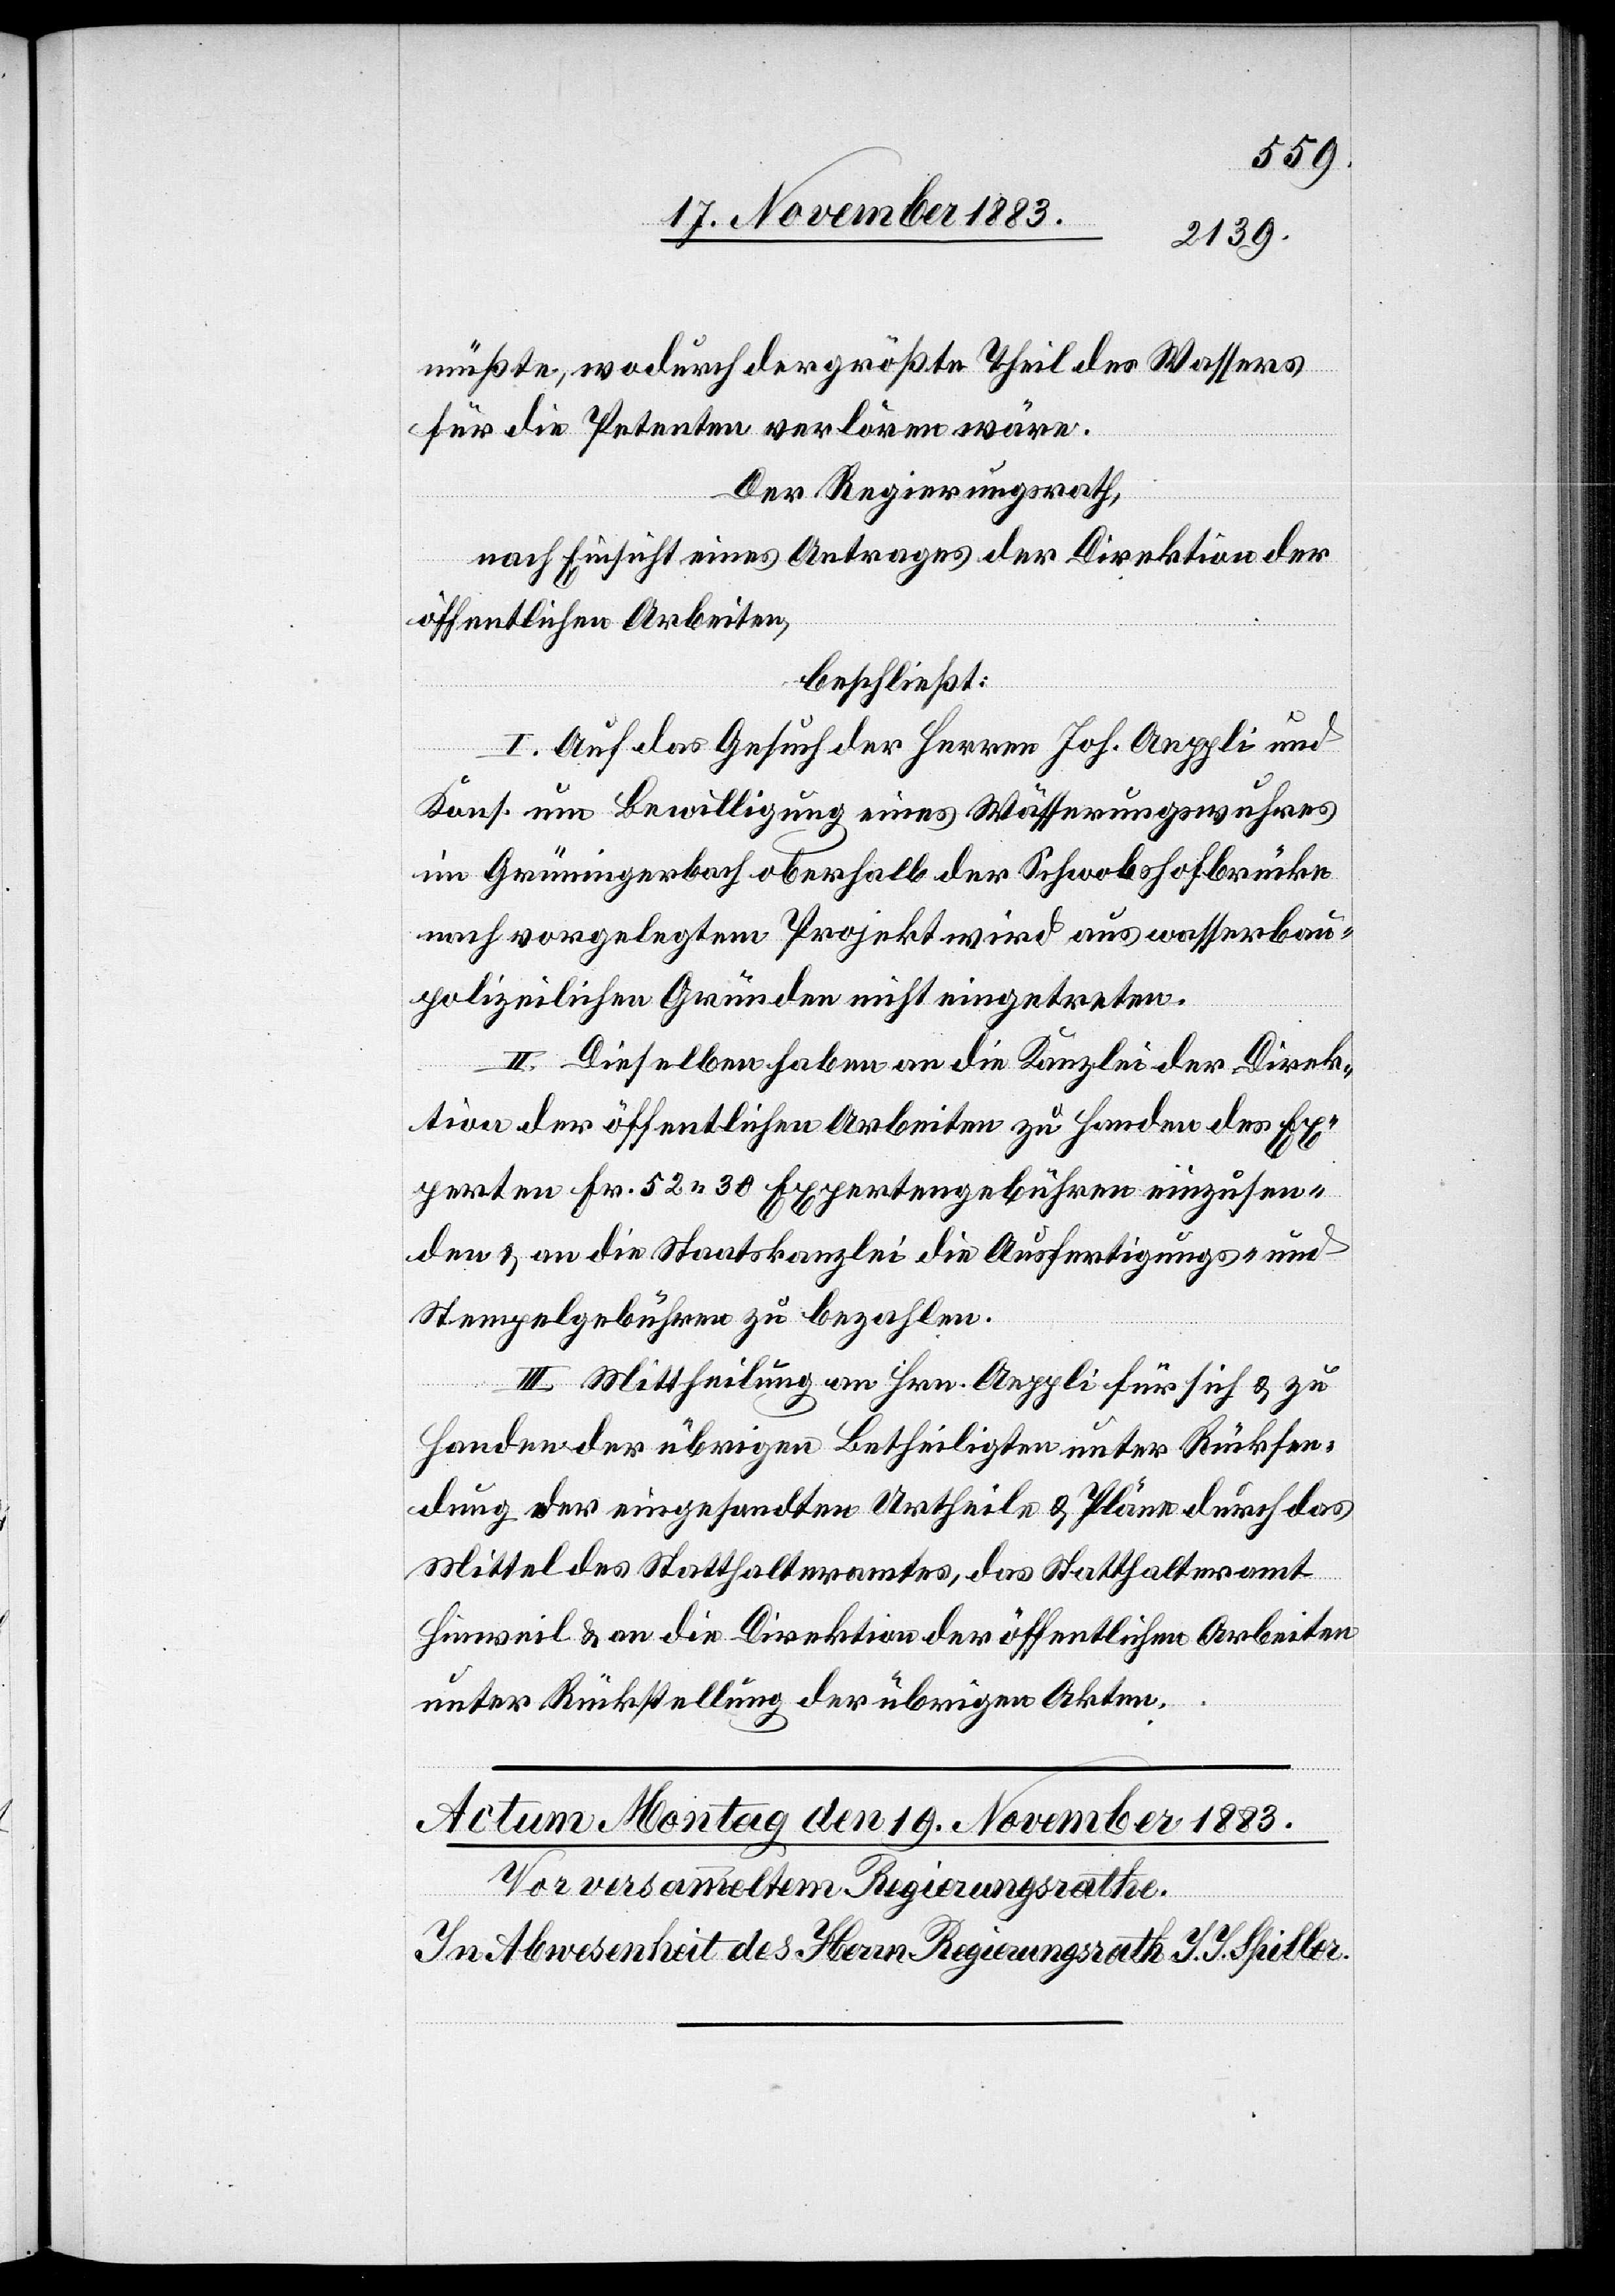
müßte, wodurch der größte Theil des Wassers
für die Petenten verloren wäre.
Der Regierungsrath,
nach Einsicht eines Antrages der Direktion der
öffentlichen Arbeiten,
beschließt:
I. Auf das Gesuch der Herren Joh. Aeppli und
Kons. um Bewilligung eines Wässerungswuhres
im Grüningerbach oberhalb der Schwobshofbrücke
nach vorgelegtem Projekt wird aus wasserbau¬
polizeilichen Gründen nicht eingetreten.
II. Dieselben haben an die Kanzlei der Direk¬
tion der öffentlichen Arbeiten zu Handen des Ex¬
perten Fr. 52 30 Expertengebühren einzusen¬
den & an die Staatskanzlei die Ausfertigungs- und
Stempelgebühren zu bezahlen.
III. Mittheilung an Hrn. Aeppli für sich & zu
Handen der übrigen Betheiligten unter Rücksen¬
dung der eingesandten Urtheile & Pläne durch das
Mittel des Statthalteramtes, das Statthalteramt
Hinweil & an die Direktion der öffentlichen Arbeiten
unter Rückstellung der übrigen Akten.